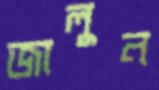
জালুন